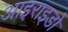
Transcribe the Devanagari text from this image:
आइराइडो